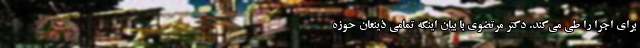
برای اجرا را طی می‌کند. دکتر مرتضوی با بیان اینکه تمامی ذینعان حوزه